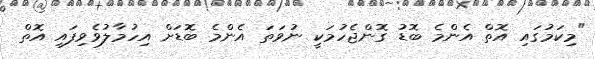
"މިކަމުގައި އޮތް އެންމެ ބޮޑު ގޮންޖެހުމަކީ ނުވަތަ އެންމެ ބޮޑަށް އިހުމާލުވެވިފައި އޮތް